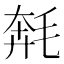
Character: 𣮡